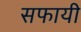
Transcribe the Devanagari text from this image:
सफायी